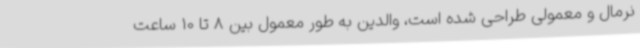
نرمال و معمولی طراحی شده است، والدین به طور معمول بین 8 تا 10 ساعت